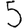
Digit: 5